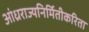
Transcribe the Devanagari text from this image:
आंध्रराज्यनिर्मितीकरिता